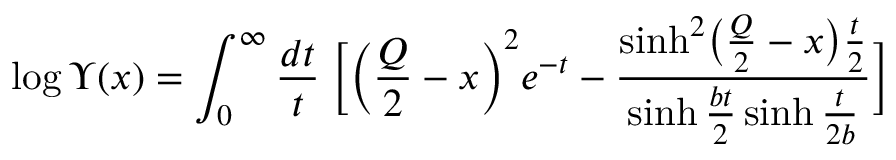
\log \Upsilon ( x ) = \int _ { 0 } ^ { \infty } \frac { d t } { t } \; \biggl [ \biggl ( \frac { Q } { 2 } - x \biggr ) ^ { 2 } e ^ { - t } - \frac { \sinh ^ { 2 } \bigl ( \frac { Q } { 2 } - x \bigr ) \frac { t } { 2 } } { \sinh \frac { b t } { 2 } \sinh \frac { t } { 2 b } } \biggr ]